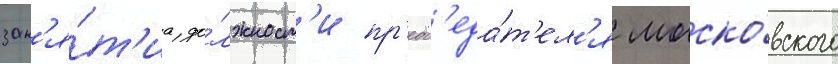
зан'я́т'иа до́лжност'и пр'едс'еда́т'ел'я моско́вского